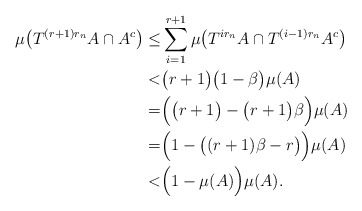
\begin{align*}\mu \big( T^{(r+1)r_n}A \cap A^c \big) \leq& \sum_{i=1}^{r+1} \mu \big( T^{ir_n}A \cap T^{(i-1)r_n} A^c \big) \\ <& \big( r+1 \big) \big( 1-\beta \big) \mu (A) \\ =& \Big( \big( r+1 \big) - \big( r+1 \big) \beta \Big) \mu(A) \\ =& \Big( 1 - \big( ( r+1) \beta - r \big) \Big) \mu(A) \\ <& \Big( 1 - \mu(A) \Big) \mu(A) . \end{align*}